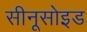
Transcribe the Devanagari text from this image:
सीनूसोइड